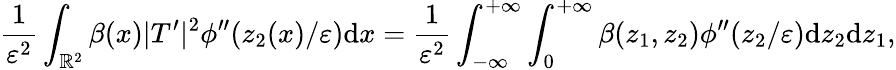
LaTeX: \frac{1}{\varepsilon^{2}}\int_{\mathbb{R}^{2}}\beta(x)|T^{\prime}|^{2}\phi^{\prime\prime}(z_{2}(x)/\varepsilon)\textrm{d}x=\frac{1}{\varepsilon^{2}}\int_{-\infty}^{+\infty}\int_{0}^{+\infty}\beta(z_{1},z_{2})\phi^{\prime\prime}(z_{2}/\varepsilon)\textrm{d}z_{2}\textrm{d}z_{1},